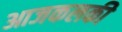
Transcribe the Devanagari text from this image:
आजकलकी